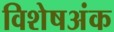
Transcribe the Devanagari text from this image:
विशेषअंक